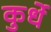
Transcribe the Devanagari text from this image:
कुर्धे